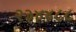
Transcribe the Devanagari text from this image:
२३४४८८